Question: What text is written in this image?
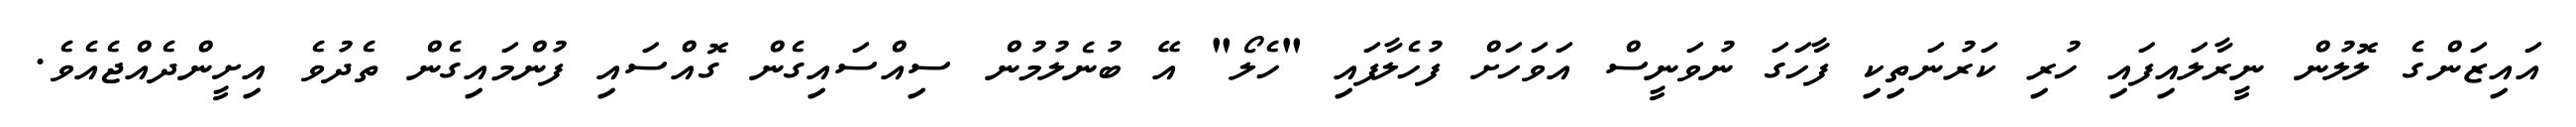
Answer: އައިޒަންގެ ލޮލުން ނީރާލައިފައި ހުރި ކަރުނަތިކި ފާހަގަ ނުވަނީސް އަވަހަށް ފުހެލާފައި "ހެލޯ" އޭ ބުނެލުމުން ސިއްސައިގެން ގޮއްސައި ފުންމައިގެން ތެދުވެ އިށީންދެއްޖެއެވެ.